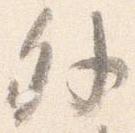
外